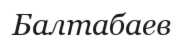
Балтабаев